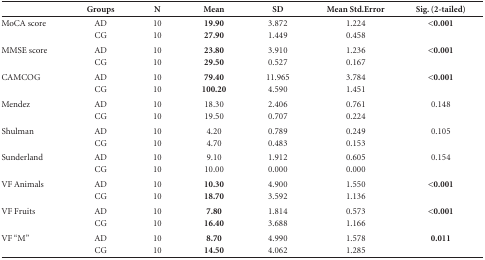
<table><thead><tr><td>[EMPTY_CELL]</td><td><b>Groups</b></td><td><b>N</b></td><td><b>Mean</b></td><td><b>SD</b></td><td><b>Mean Std.Error</b></td><td><b>Sig. (2-tailed)</b></td></tr></thead><tbody><tr><td>MoCA score</td><td>AD CG</td><td>10 10</td><td><b>19.90</b><b> 27.90</b></td><td>3.872 1.449</td><td>1.224 0.458</td><td><b>&lt;0.001</b></td></tr><tr><td>MMSE score</td><td>AD CG</td><td>10 10</td><td><b>23.80</b><b>29.50</b></td><td>3.910 0.527</td><td>1.236 0.167</td><td><b>&lt;0.001</b></td></tr><tr><td>CAMCOG</td><td>AD CG</td><td>10 10</td><td><b>79.40</b><b> 100.20</b></td><td>11.965 4.590</td><td>3.784 1.451</td><td><b>&lt;0.001</b></td></tr><tr><td>Mendez</td><td>AD CG</td><td>10 10</td><td>18.30 19.50</td><td>2.406 0.707</td><td>0.761 0.224</td><td>0.148</td></tr><tr><td>Shulman</td><td>AD CG</td><td>10 10</td><td>4.20 4.70</td><td>0.789 0.483</td><td>0.249 0.153</td><td>0.105</td></tr><tr><td>Sunderland</td><td>AD CG</td><td>10 10</td><td>9.10 10.00</td><td>1.912 0.000</td><td>0.605 0.000</td><td>0.154</td></tr><tr><td>VF Animals</td><td>AD CG</td><td>10 10</td><td><b>10.30</b><b>18.70</b></td><td>4.900 3.592</td><td>1.550 1.136</td><td><b>&lt;0.001</b></td></tr><tr><td>VF Fruits</td><td>AD CG</td><td>10 10</td><td><b>7.80</b><b> 16.40</b></td><td>1.814 3.688</td><td>0.573 1.166</td><td><b>&lt;0.001</b></td></tr><tr><td>VF "M"</td><td>AD CG</td><td>10 10</td><td><b>8.70</b><b>14.50</b></td><td>4.990 4.062</td><td>1.578 1.285</td><td><b>0.011</b></td></tr></tbody></table>